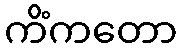
ကိံကတော